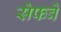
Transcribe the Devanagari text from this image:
सेफवे